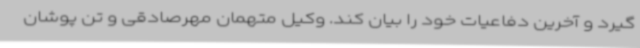
گیرد و آخرین دفاعیات خود را بیان کند. وکیل متهمان مهرصادقی و تن پوشان